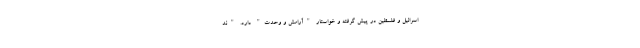
اسرائیل و فلسطین در پیش گرفته و خواستار "آرامش و وحدت" دارد. "ند